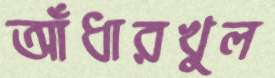
আঁধারখুল